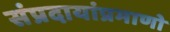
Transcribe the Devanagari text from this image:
संप्रदायांप्रमाणो